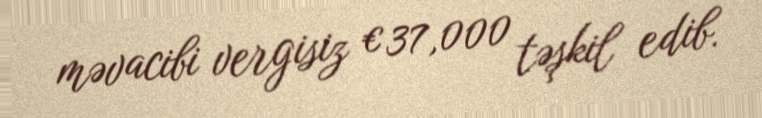
məvacibi vergisiz €37,000 təşkil edib.